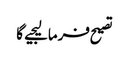
تصیح فرمالیجیے گا